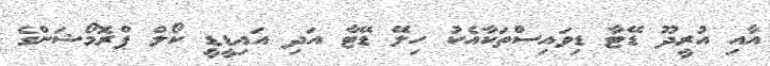
އާއި އުރީދޫ ޑޭޓާ ޑިވައިސްތަކާއެކު ހިލޭ ޑޭޓާ އަދި އައިޑީޑީ ކޯލް ޕްރޮމޯޝަންގެ